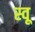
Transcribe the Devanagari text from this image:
स्वू